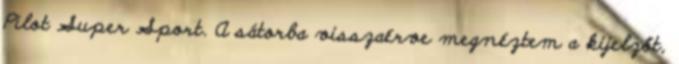
Pilot Super Sport. A sátorba visszaérve megnéztem a kijelzőt,